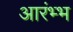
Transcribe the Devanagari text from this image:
आरंभ्भ